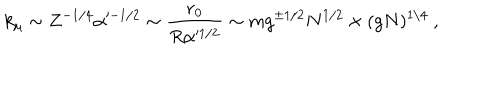
LaTeX: k _ { \mu } \sim Z ^ { - 1 / 4 } \alpha ^ { - 1 / 2 } \sim \frac { r _ { 0 } } { R \alpha ^ { 1 / 2 } } \sim m g ^ { \pm 1 / 2 } N ^ { 1 / 2 } \times ( g N ) ^ { 1 / 4 } \ ,